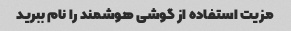
مزیت استفاده از گوشی هوشمند را نام ببرید